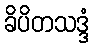
ခိပိတသဒ္ဒံ